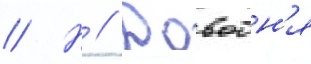
// Н // Довбн'я